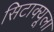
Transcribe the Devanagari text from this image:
सिटाक्यूला